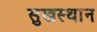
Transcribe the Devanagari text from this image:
सुखस्थान